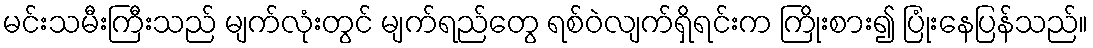
မင်းသမီးကြီးသည် မျက်လုံးတွင် မျက်ရည်တွေ ရစ်ဝဲလျက်ရှိရင်းက ကြိုးစား၍ ပြုံးနေပြန်သည်။